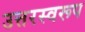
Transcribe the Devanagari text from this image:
उत्तरस्वरूप